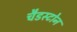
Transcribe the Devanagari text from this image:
चैडस्टोन